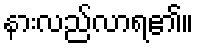
နားလည်လာရ၏။